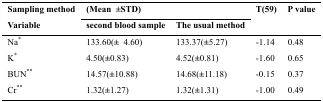
<table><thead><tr><td rowspan="3"><b>Sampling method Variable</b></td><td colspan="2"><b>(Mean ±STD)</b></td><td rowspan="3"><b>T(59)</b></td><td rowspan="3"><b>P value</b></td></tr><tr><td><b>second blood sample</b></td><td><b>The usual method</b></td></tr></thead><tbody><tr><td>Na*</td><td>133.60(± 4.60)</td><td>133.37(±5.27)</td><td>-1.14</td><td>0.48</td></tr><tr><td>K*</td><td>4.50(±0.83)</td><td>4.52(±0.81)</td><td>-1.60</td><td>0.65</td></tr><tr><td>BUN**</td><td>14.57(±10.88)</td><td>14.68(±11.18)</td><td>-0.15</td><td>0.37</td></tr><tr><td>Cr**</td><td>1.32(±1.27)</td><td>1.32(±1.31)</td><td>-1.00</td><td>0.49</td></tr></tbody></table>